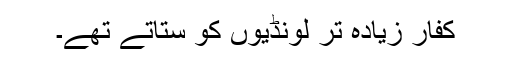
کفار زیادہ تر لونڈیوں کو ستاتے تھے۔